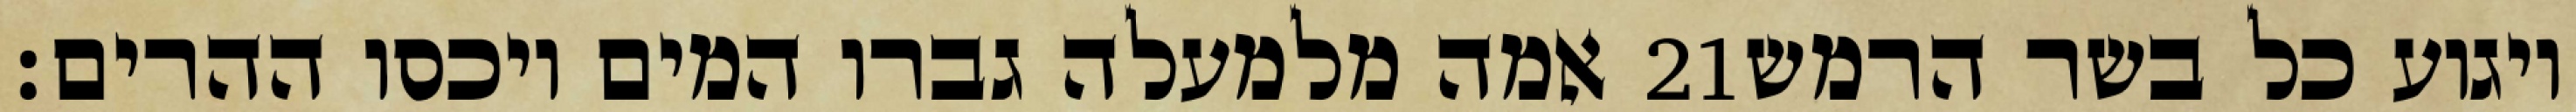
אמה מלמעלה גברו המים ויכסו ההרים׃ ‎21‏ ויגוע כל בשר הרמש